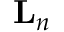
\mathbf { L } _ { n }